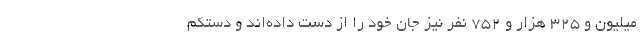
میلیون و ۳۲۵ هزار و ۷۵۲ نفر نیز جان خود را از دست داده‌اند و دستکم